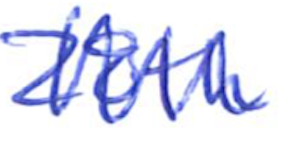
Text: 28th
Cross-out: zig-zag
Writing tool: ballpoint